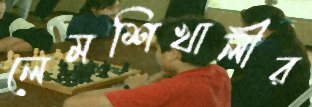
লেমশিখালীর